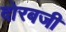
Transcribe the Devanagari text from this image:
दोरबजी